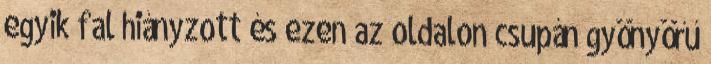
egyik fal hiányzott és ezen az oldalon csupán gyönyörű